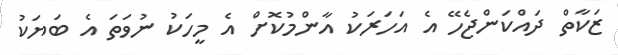
ޒަކާތް ދައްކަންޖެހޭ އެ އަހަރަކު އާންމުކޮށް އެ މީހަކު ނުވަތަ އެ ބަޔަކު